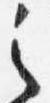
之